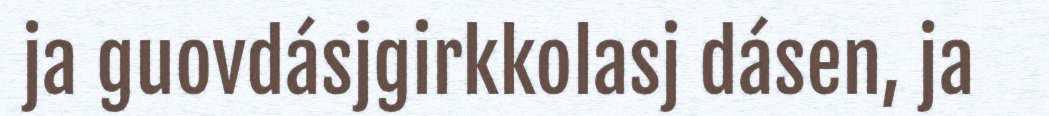
ja guovdásjgirkkolasj dásen, ja